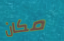
مكان